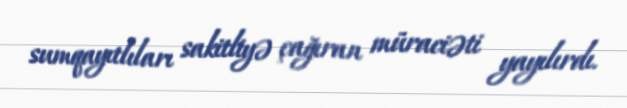
sumqayıtlıları sakitliyə çağıran müraciəti yayılırdı.